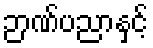
ဉာဏ်ပညာနှင့်